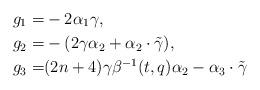
LaTeX: \begin{align*}g_1=&-2\alpha_1\gamma,\\g_2=&-(2\gamma\alpha_2+\alpha_2\cdot\tilde\gamma),\\g_3=&(2n+4)\gamma \beta^{-1}(t,q) \alpha_2-\alpha_3\cdot \tilde\gamma\end{align*}